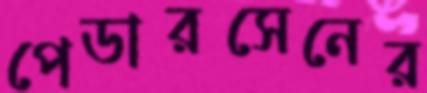
পেডারসেনের